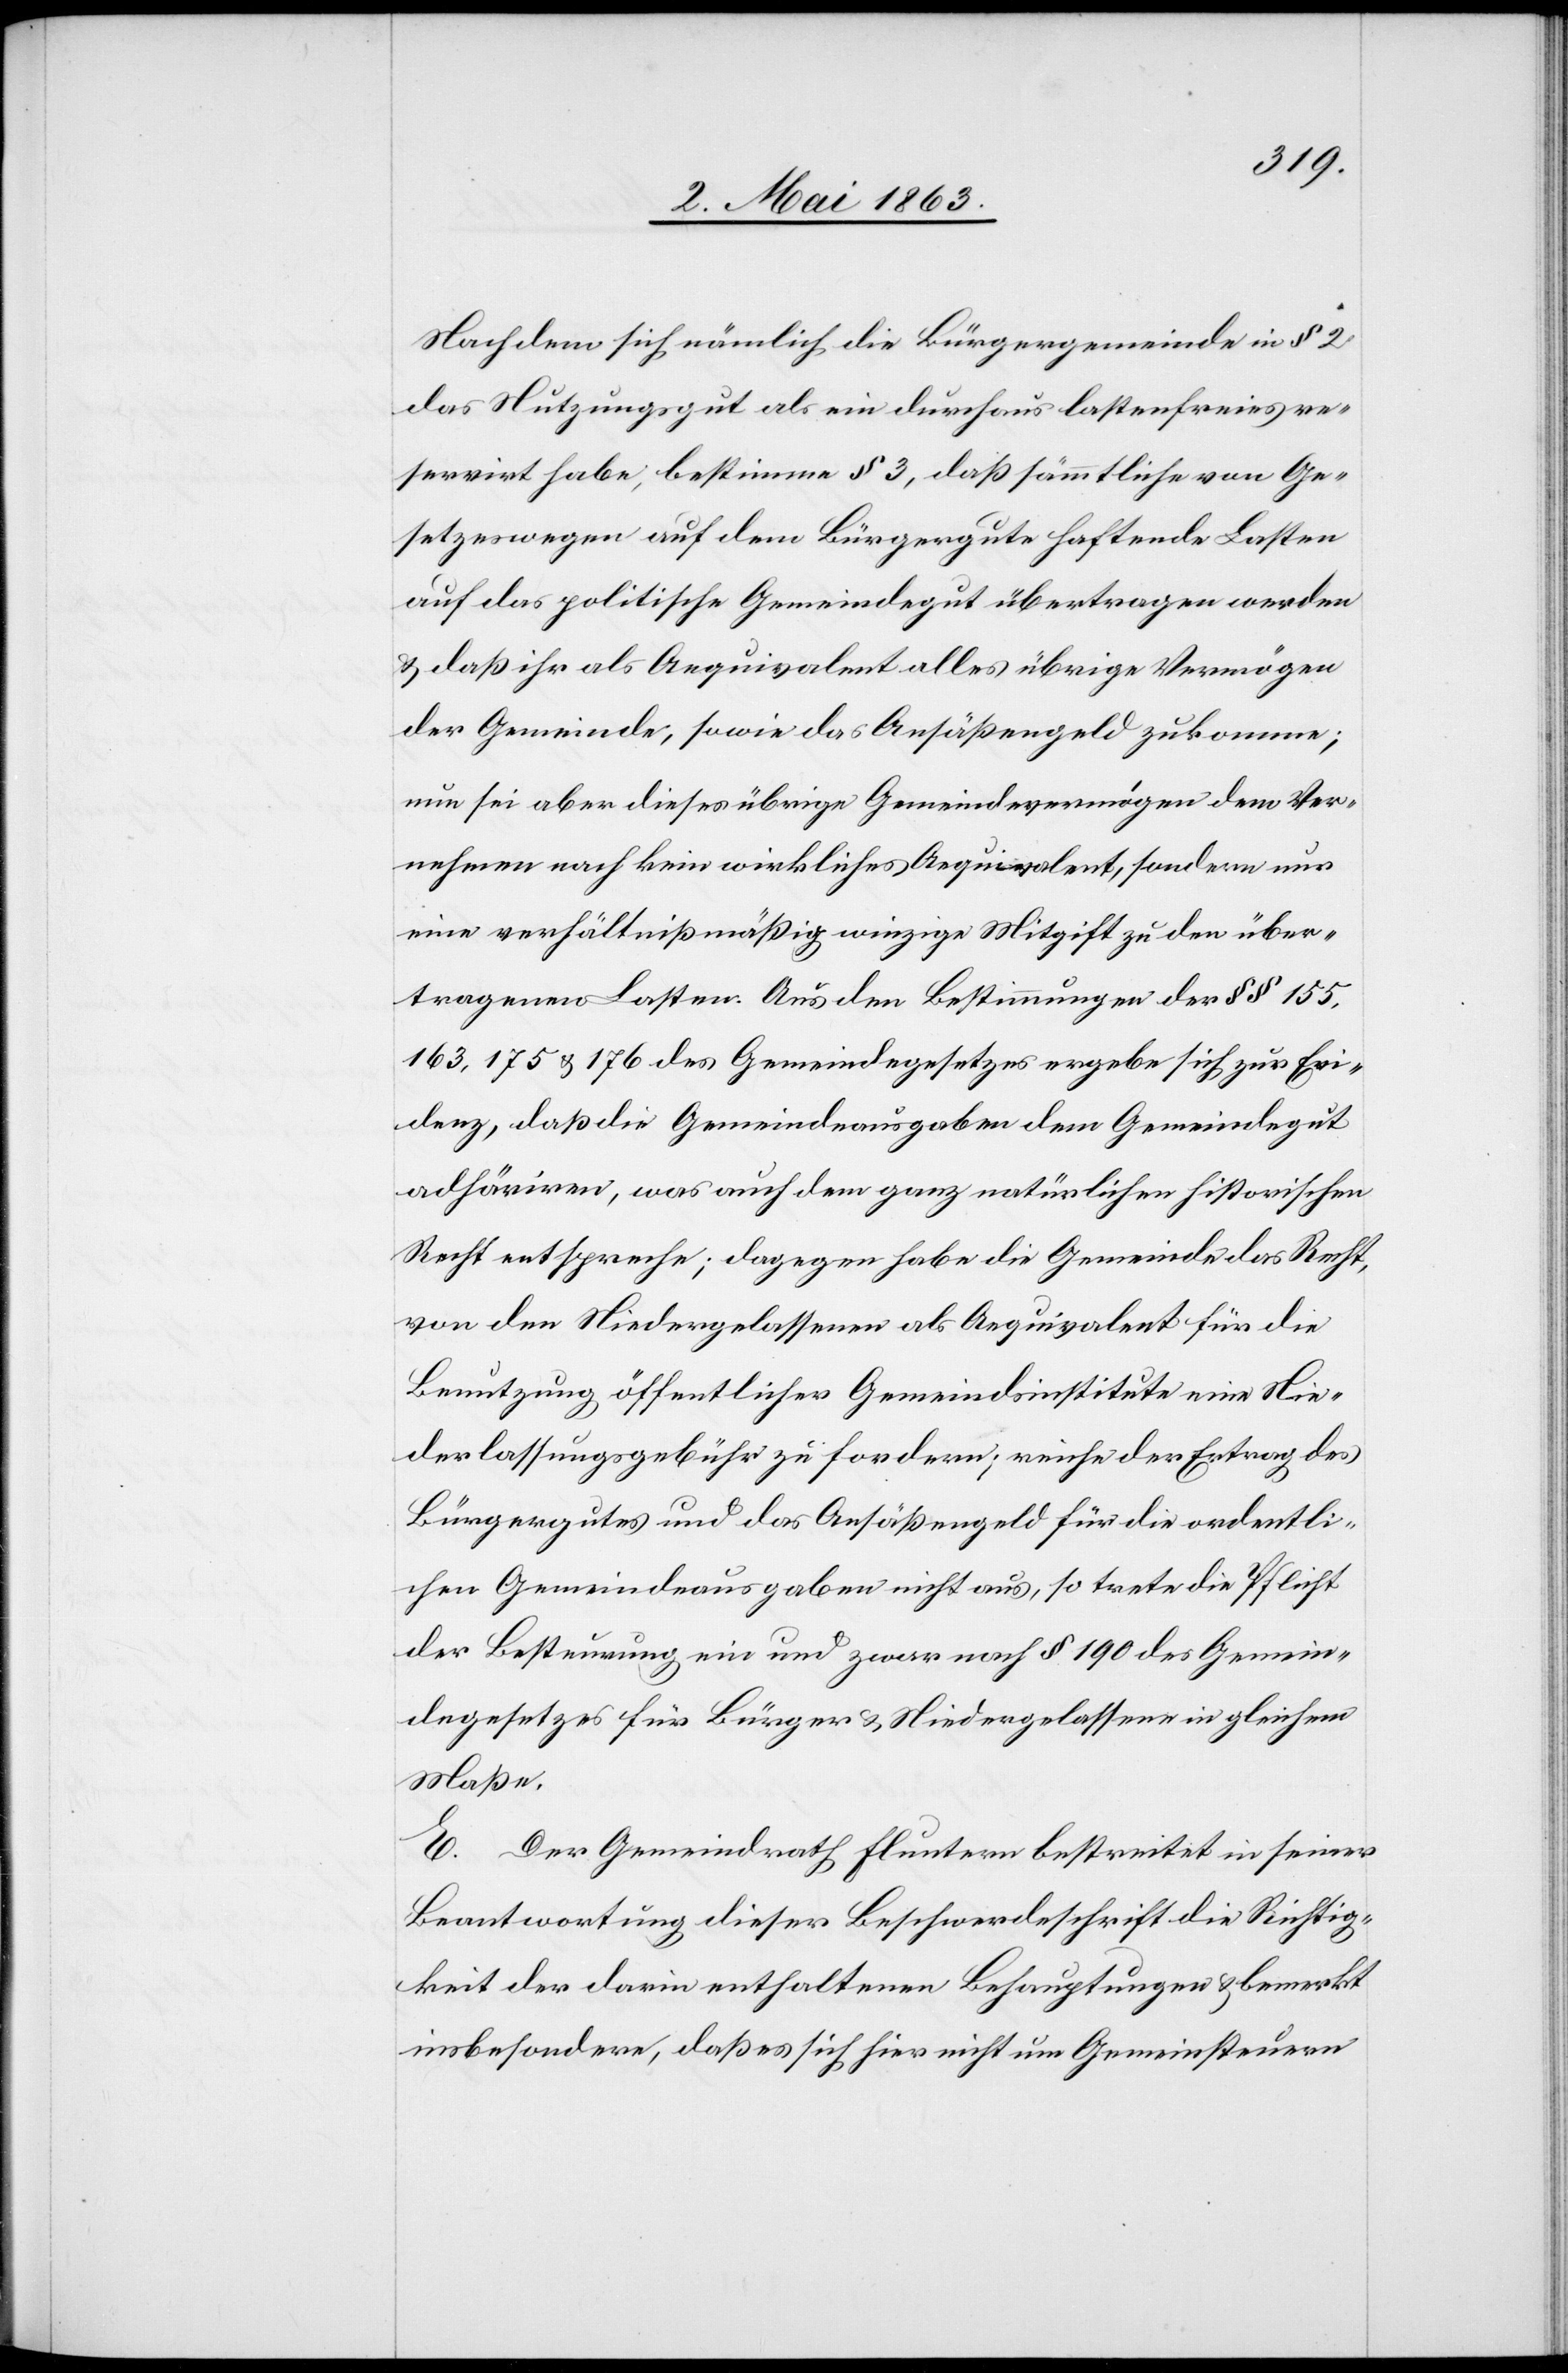
Nachdem sich nämlich die Bürgergemeinde in § 2
das Nutzungsgut als ein durchaus lastenfreies re¬
servirt habe, bestimme § 3, daß sämmtliche von Ge¬
setzeswegen auf dem Bürgergute haftende Lasten
auf das politische Gemeindegut übertragen werden
& daß ihr als Aequivalent alles übrige Vermögen
der Gemeinde, sowie das Ansäßengeld zukomme;
nun sei aber dieses übrige Gemeindevermögen dem Ver¬
nehmen nach kein wirkliches Aequivalent, sondern nur
eine verhältnißmäßig winzige Mitgift zu den über¬
tragenen Lasten. Aus den Bestimmungen der §§ 155,
163, 175 & 176 des Gemeindegesetzes ergebe sich zur Evi¬
denz, daß die Gemeindeausgaben dem Gemeindegut
adhäriren, was auch dem ganz natürlichen historischen
Recht entspreche; dagegen habe die Gemeinde das Recht,
von den Niedergelassenen als Aequivalent für die
Benutzung öffentlicher Gemeindsinstitute eine Nie¬
derlassungsgebühr zu fordern; reiche der Ertrag des
Bürgergutes und das Ansäßengeld für die ordentli¬
chen Gemeindeausgaben nicht aus, so trete die Pflicht
der Besteurung ein und zwar nach § 190 des Gemein¬
degesetzes für Bürger & Niedergelassene in gleichem
Maße.
E. Der Gemeindrath Fluntern bestreitet in seiner
Beantwortung dieser Beschwerdeschrift die Richtig¬
keit der darin enthaltenen Behauptungen & bemerkt
insbesondere, daß es sich hier nicht um Gemeinsteuern